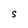
Character: S